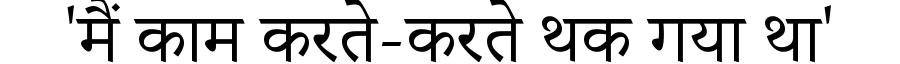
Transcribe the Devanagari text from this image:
'मैं काम करते-करते थक गया था'